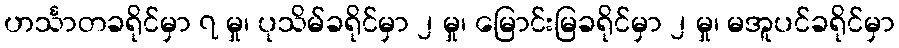
ဟင်္သာတခရိုင်မှာ ၇ မှု၊ ပုသိမ်ခရိုင်မှာ ၂ မှု၊ မြောင်းမြခရိုင်မှာ ၂ မှု၊ မအူပင်ခရိုင်မှာ